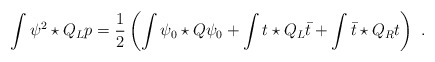
\begin{align*} \int \psi^2\star Q_L p = \frac{1}{2}\left(\int \psi_0 \star Q\psi_0+\int t \star Q_L \bar t + \int \bar t \star Q_R t\right)\,\,.\end{align*}